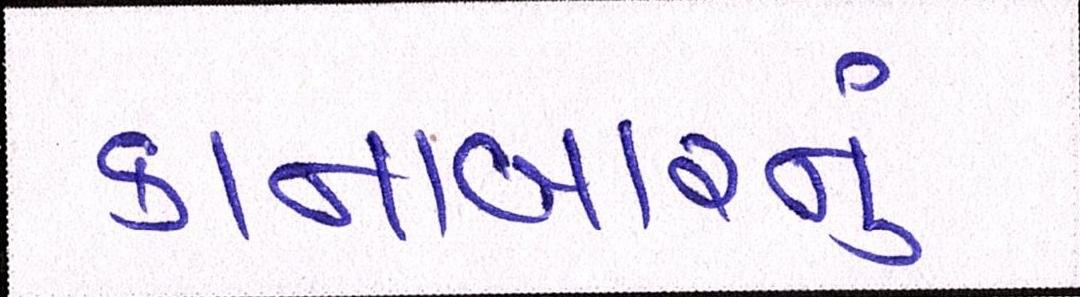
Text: કાનાબારનું